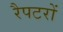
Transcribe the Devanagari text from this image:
रैपटरों